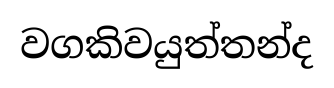
වගකිවයුත්තන්ද